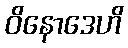
ဝိနောဒေဟိ